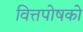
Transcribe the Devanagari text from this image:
वित्तपोषको